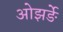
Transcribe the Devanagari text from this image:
ओझर्ङे